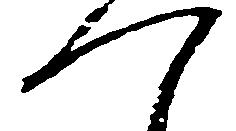
つ